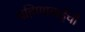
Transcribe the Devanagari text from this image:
बहिणाबाईची